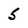
Character: 5